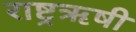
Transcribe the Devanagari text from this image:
राष्ट्रऋषी